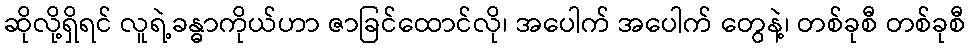
ဆိုလို့ရှိရင် လူရဲ့ခန္ဓာကိုယ်ဟာ ဇာခြင်ထောင်လို၊ အပေါက် အပေါက် တွေနဲ့၊ တစ်ခုစီ တစ်ခုစီ